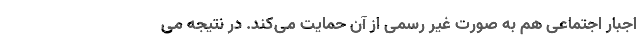
اجبار اجتماعی هم به صورت غیر رسمی از آن حمایت می‌کند. در نتیجه می